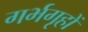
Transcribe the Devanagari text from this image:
गर्भगृहों